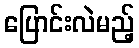
ပြောင်းလဲမည့်